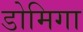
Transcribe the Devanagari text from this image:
डोमिगा